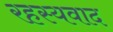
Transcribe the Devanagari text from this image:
रहस्‍यवाद